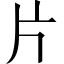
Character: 片